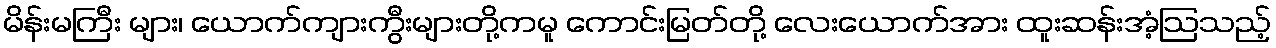
မိန်းမကြီး များ၊ ယောက်ကျားကွီးများတို့ကမူ ကောင်းမြတ်တို့ လေးယောက်အား ထူးဆန်းအံ့ဩသည့်